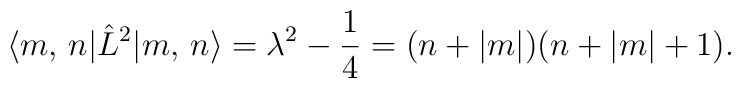
\langle m,\, n | \hat{L}^2 | m,\, n \rangle = \lambda^2 - \frac 14    = (n + |m|)(n + |m| + 1).